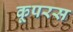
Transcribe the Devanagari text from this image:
कूपरस